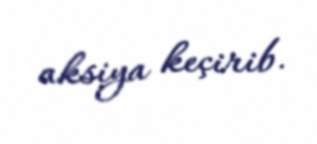
aksiya keçirib.